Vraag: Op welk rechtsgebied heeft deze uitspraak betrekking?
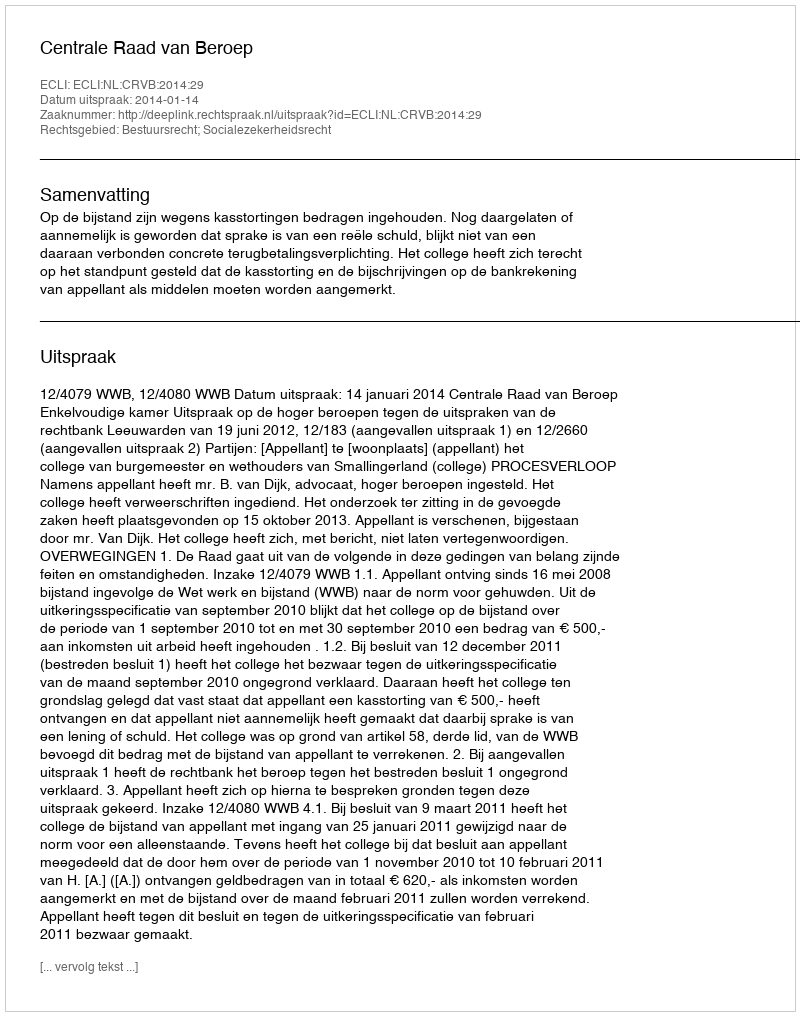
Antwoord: Bestuursrecht; Socialezekerheidsrecht